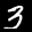
Label: 3